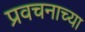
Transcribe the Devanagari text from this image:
प्रवचनाच्या